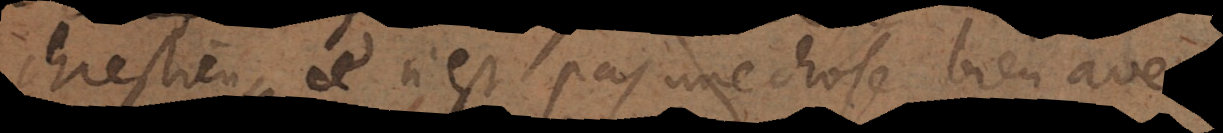
chrestien, ce n’est pas une chose bien averée,